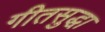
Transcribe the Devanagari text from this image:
गीतसुद्धा